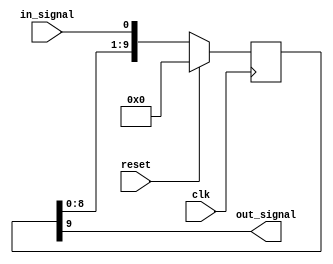
module Inverter_Delay(
    input wire clk,
    input wire reset,
    input wire in_signal,
    output reg out_signal
);

parameter DELAY_AMOUNT = 10; // Delay amount in clock cycles

reg [DELAY_AMOUNT-1:0] buffer;

always @ (posedge clk) begin
    if (reset) begin
        buffer <= 0;
    end else begin
        buffer <= {buffer[DELAY_AMOUNT-2:0], in_signal};
    end
end

always @ (*) begin
    out_signal = buffer[DELAY_AMOUNT-1];
end

endmodule